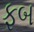
ફબ